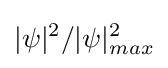
|\psi |^{2}/|\psi |_{max}^{2}